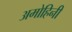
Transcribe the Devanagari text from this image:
अमोहिनी